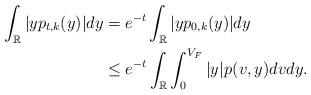
LaTeX: \begin{align*} \int_{\mathbb{R}}|yp_{t,k}(y)|dy&=e^{-t}\int_{\mathbb{R}}|yp_{0,k}(y)|dy\\&\leq e^{-t}\int_{\mathbb{R}}\int_{0}^{V_F}|y|p_{}(v,y)dvdy. \end{align*}